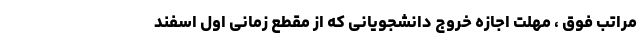
مراتب فوق ، مهلت اجازه خروج دانشجویانی که از مقطع زمانی اول اسفند